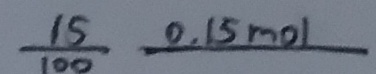
\frac { 1 5 } { 1 0 0 } 0 . 1 5 m o l